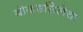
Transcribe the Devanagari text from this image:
बोकडसिलेचा